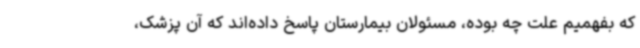
که بفهمیم علت چه بوده، مسئولان بیمارستان پاسخ داده‌اند که آن پزشک،